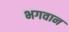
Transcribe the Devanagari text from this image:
भगवान